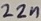
Text: 22n